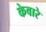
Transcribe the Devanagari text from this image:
केवारे